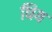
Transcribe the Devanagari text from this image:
धिय